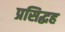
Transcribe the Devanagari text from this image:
प्रसिद्धह